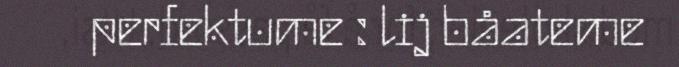
perfektume : lij båateme